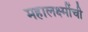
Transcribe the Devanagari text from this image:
महालक्ष्मींची